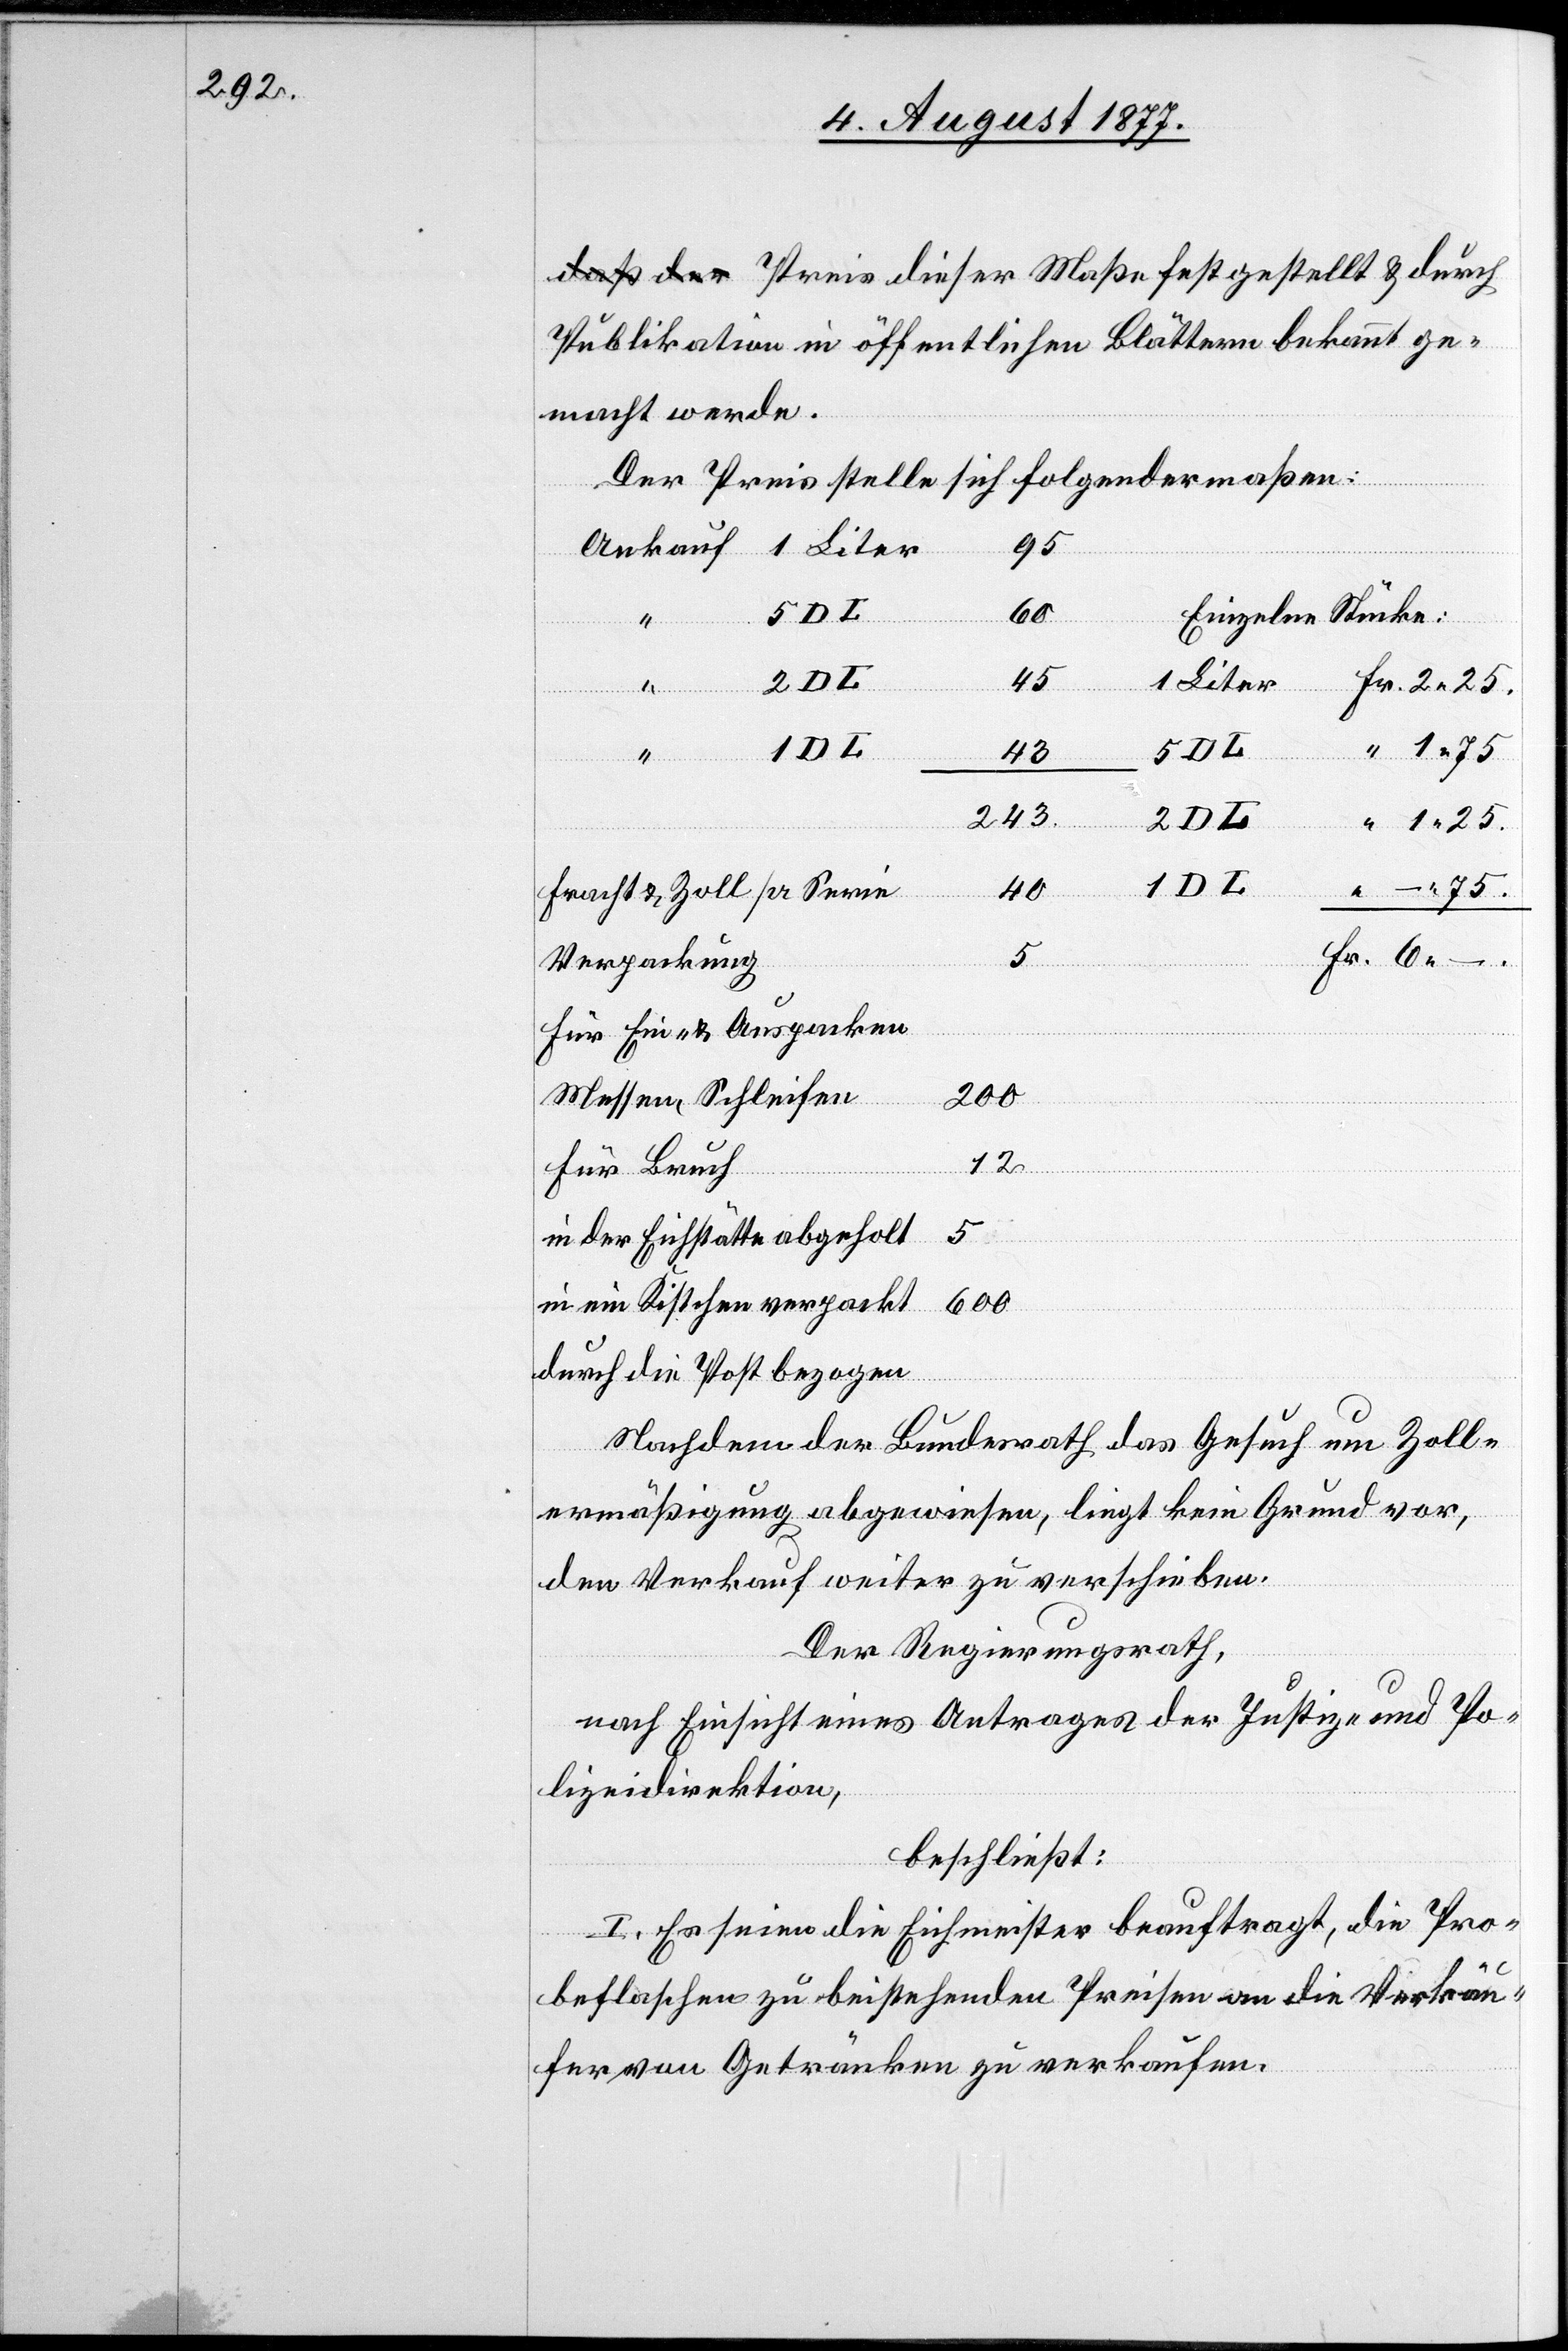
Publikation in öffentlichen Blättern bekannt ge¬
macht werde.
Der Preis stelle sich folgendermaßen:
95
600
Einzelne Stücke:
60
1 Liter
45
Fr. 2.25.
DL
“ 1.75
5 DL
43
243.
verpackt
40
“ –.75.
Fracht & Zoll pr Serie
Fr. 6. –
Verpackung
Für Ein- & Auspacken
200
Messen, Schleifen
…
12
Für Bruch
in der Eichstätte abgeholt
durch die Post bezogen
Nachdem der Bundesrath das Gesuch um Zoll¬
ermäßigung abgewiesen, liegt kein Grund vor,
den Verkauf weiter zu verschieben.
Der Regierungsrath,
nach Einsicht eines Antrages der Justiz- und Po¬
lizeidirektion,
beschließt:
I. Es seien die Eichmeister beauftragt, die Pro¬
beflaschen zu beistehenden Preisen an die Verkäu¬
fer von Getränken zu verkaufen.